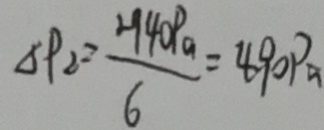
\Delta P _ { 2 } = \frac { - 4 0 P _ { a } a } { 6 } = 4 9 0 P a